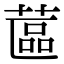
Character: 蓲